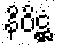
နိဝိဋ္ဌံ